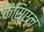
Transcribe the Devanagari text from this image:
कैसिएल